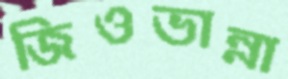
জিওভান্না